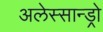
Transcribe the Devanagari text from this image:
अलेस्सान्ड्रो